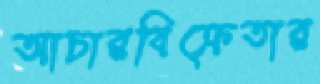
আচারবিক্রেতার